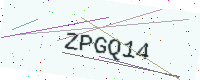
Text: ZPGQ14